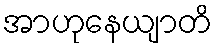
အာဟုနေယျာတိ